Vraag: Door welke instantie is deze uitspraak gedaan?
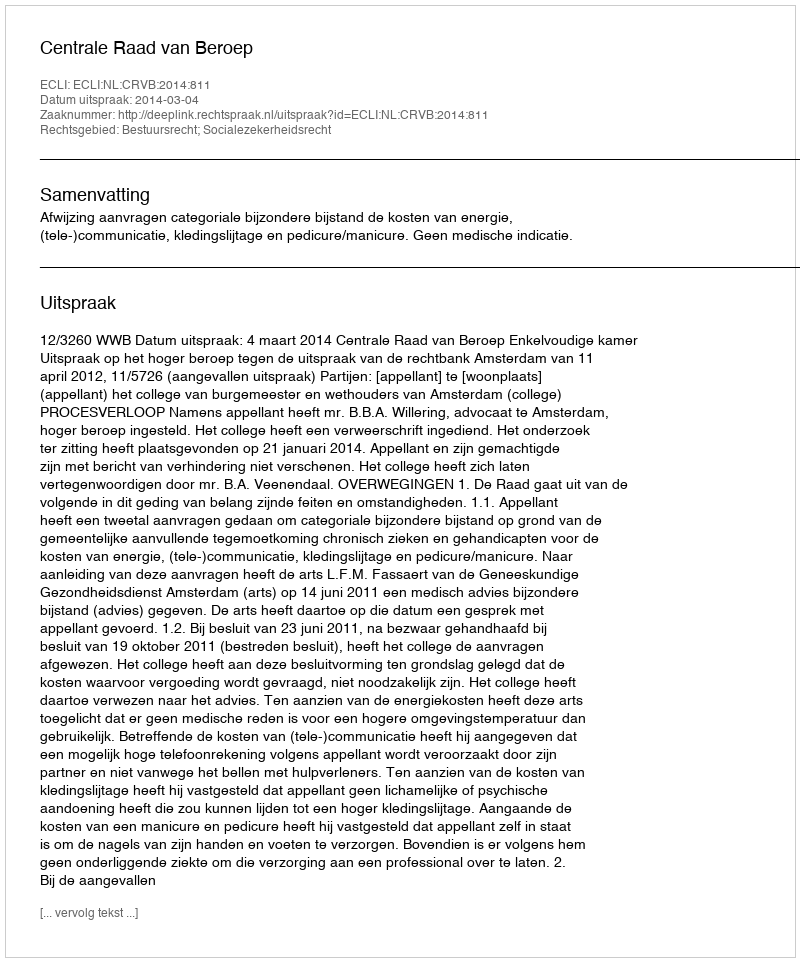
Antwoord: Centrale Raad van Beroep